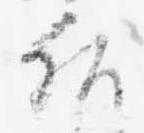
后